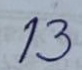
13